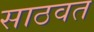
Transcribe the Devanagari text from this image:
साठवत